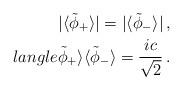
LaTeX: \begin{align*}|\langle\tilde{\phi}_+\rangle|=|\langle\tilde{\phi}_-\rangle|\, , \\langle\tilde{\phi}_+\rangle \langle\tilde{\phi}_-\rangle ={ic\over\sqrt2}\, .\end{align*}